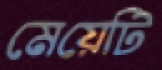
মেয়েটি